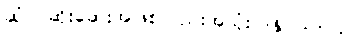
ဆံပင်ဆိုးဆေးအဖြစ်လည်းအသုံးပြုနိုင်ပါတယ်။